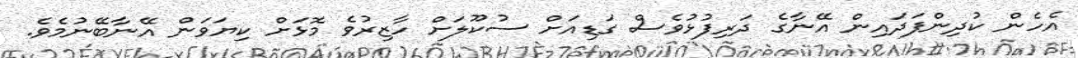
އެހެން ކުދިންފަދައިން އޭނާގެ ދަރިފުޅުވެސް ގަޑިއަށް ސުކޫލަށް ހާޒިރުވެ މޮޅަށް ކިޔަވަން އޭނާބޭނުމެވެ.